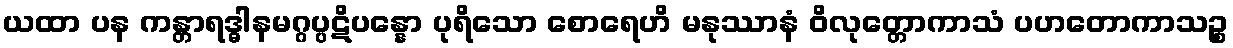
ယထာ ပန ကန္တာရဒ္ဓါနမဂ္ဂပ္ပဋိပန္နော ပုရိသော စောရေဟိ မနုဿာနံ ဝိလုတ္တောကာသံ ပဟတောကာသဉ္စ